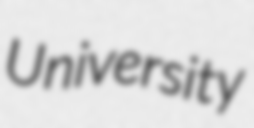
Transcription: University